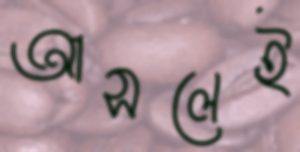
আসলেই